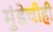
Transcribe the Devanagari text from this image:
मुंडेचीही